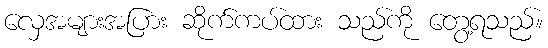
လှေအများအပြား ဆိုက်ကပ်ထား သည်ကို တွေ့ရသည်။